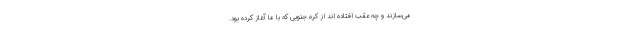
می‌سازند و چه عقب افتاده اند از کره جنوبی که با ما آغاز کرده بود.